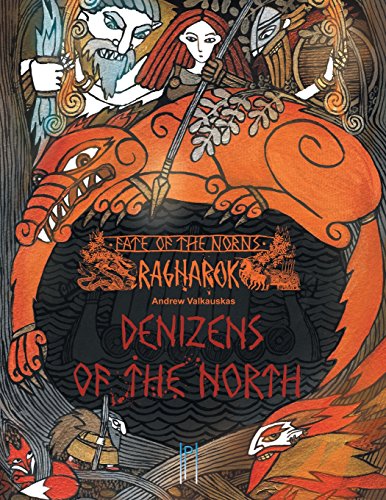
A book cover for Fate of the Norns: Ragnarok - Denizens of the North; Andrew Valkauskas; Romance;